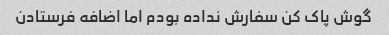
گوش پاک کن سفارش نداده بودم اما اضافه فرستادن